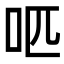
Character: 𠯔